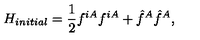
H _ { i n i t i a l } = \frac { 1 } { 2 } f ^ { i A } f ^ { i A } + \hat { f } ^ { A } \hat { f } ^ { A } ,